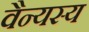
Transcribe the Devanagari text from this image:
वैन्यस्य